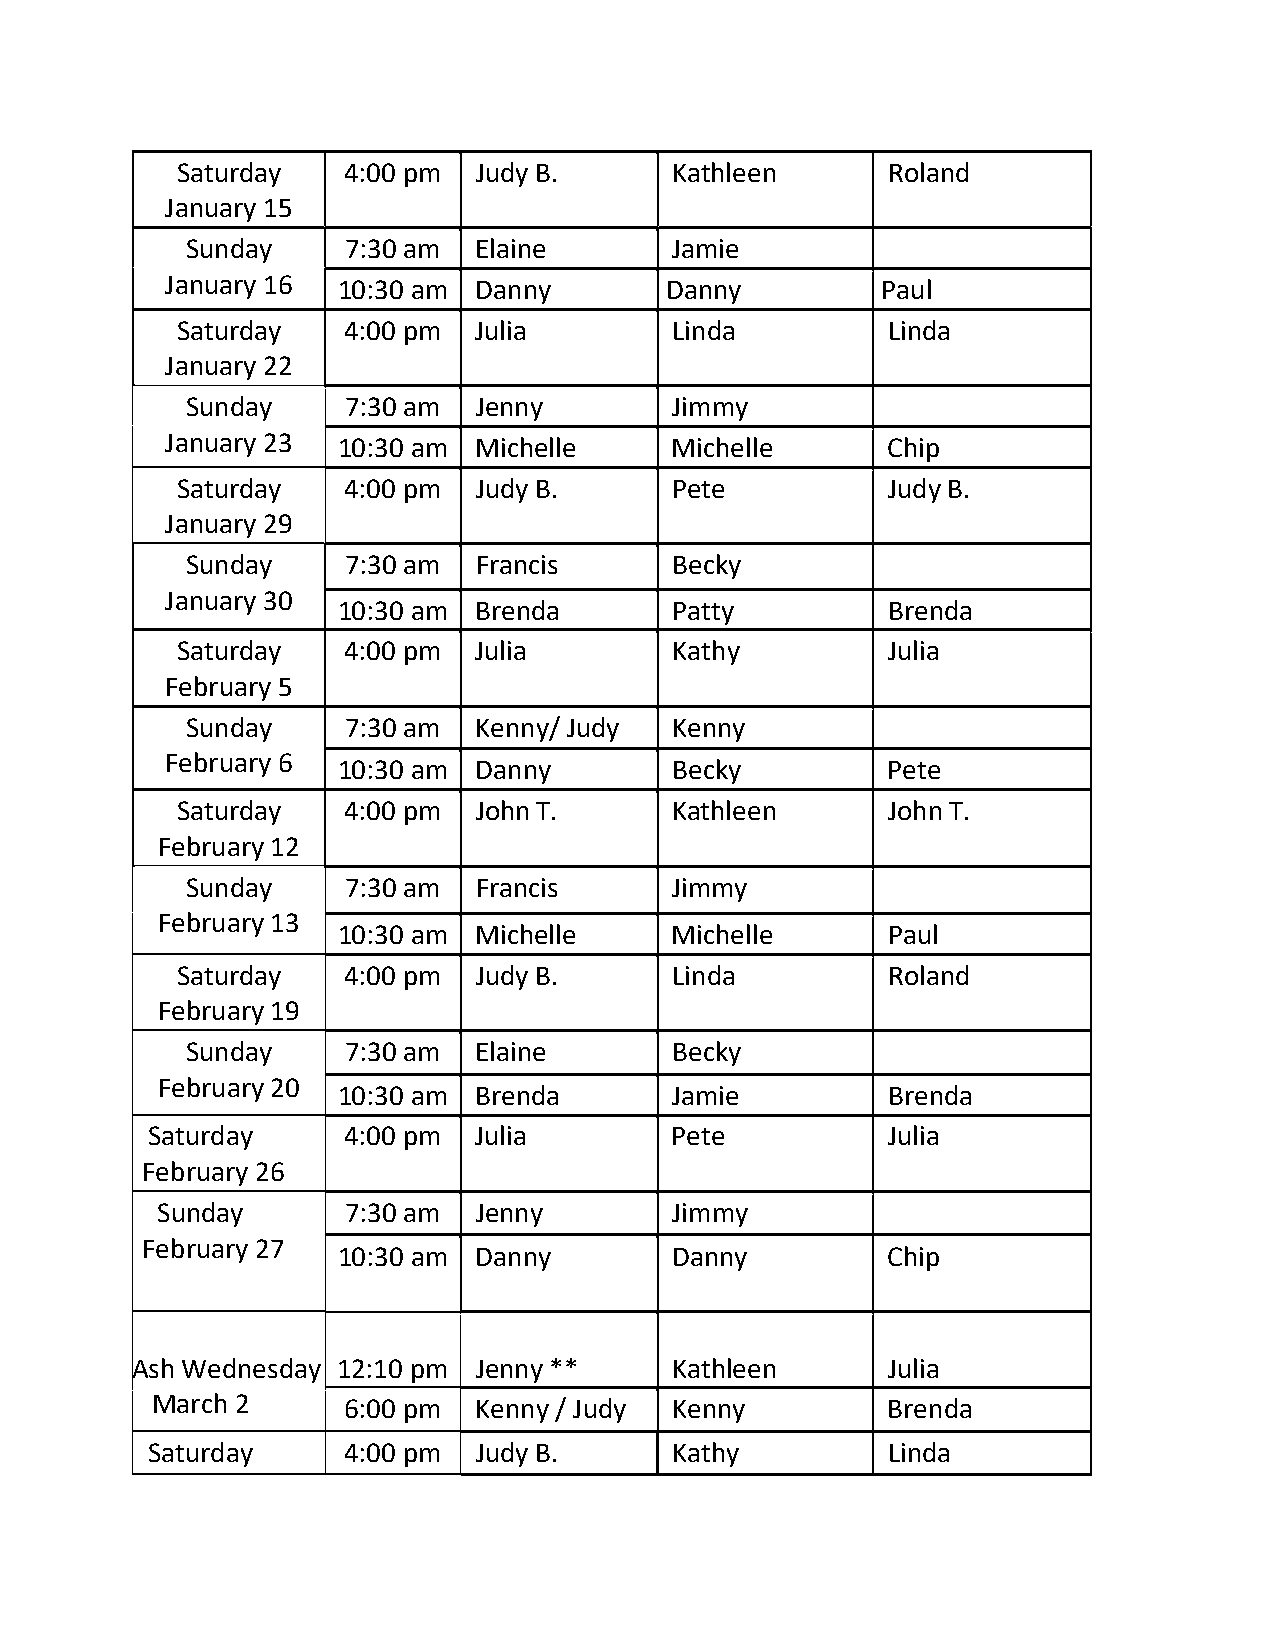
Saturday   4:00 pm Judy B.       Kathleen      Roland
 January 15
 Sunday     7:30 am Elaine        Jamie
 January 16 10:30 am Danny        Danny         Paul
 Saturday   4:00 pm Julia         Linda         Linda
 January 22
 Sunday     7:30 am Jenny         Jimmy
 January 23 10:30 am Michelle      Michelle      Chip
 Saturday   4:00 pm Judy B.       Pete          Judy B.
 January 29
 Sunday     7:30 am Francis       Becky
 January 30
 10:30 am Brenda        Patty         Brenda
 Saturday   4:00 pm Julia         Kathy         Julia
 February 5
 Sunday     7:30 am Kenny/ Judy   Kenny
 February 6
 10:30 am Danny         Becky         Pete
 Saturday   4:00 pm John T.       Kathleen      John T.
 February 12
 Sunday     7:30 am Francis       Jimmy
 February 13
 10:30 am Michelle      Michelle      Paul
 Saturday   4:00 pm Judy B.       Linda         Roland
 February 19
 Sunday     7:30 am Elaine        Becky
 February 20
 10:30 am Brenda        Jamie         Brenda
 Saturday     4:00 pm Julia         Pete          Julia
 February 26
 Sunday       7:30 am Jenny         Jimmy
 February 27
 10:30 am Danny         Danny         Chip
 Ash Wednesday 12:10 pm Jenny **     Kathleen      Julia
 March 2      6:00 pm Kenny / Judy  Kenny         Brenda
 Saturday     4:00 pm Judy B.       Kathy         Linda